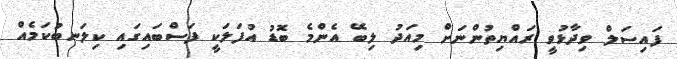
ފައިސަލް ވިދާޅުވީ ރައްޔިތުންނަށް މިއަދު ލިބޭ އެންމެ ބޮޑު އުފަލަކީ ފަސްބައިގައި ކިލަނބުކަމެއް